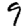
Digit: 9